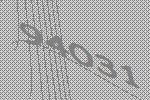
94031